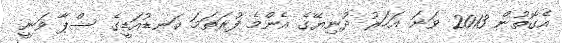
އެގޮތުން 2013 ވަނަ އަހަރު ދުނިޔޭގެ އެންމެ ފުރަތަމަ ކަނޑުއަޑީގެ ސްޕާ ވަނީ